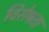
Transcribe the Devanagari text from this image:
विसेषता